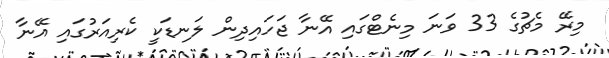
މިރޭ މެޗުގެ 33 ވަނަ މިނެޓްގައި އޭނާ ޖަހައިދިން ލަނޑަކީ ކެރިއަރުގައި އޭނާ